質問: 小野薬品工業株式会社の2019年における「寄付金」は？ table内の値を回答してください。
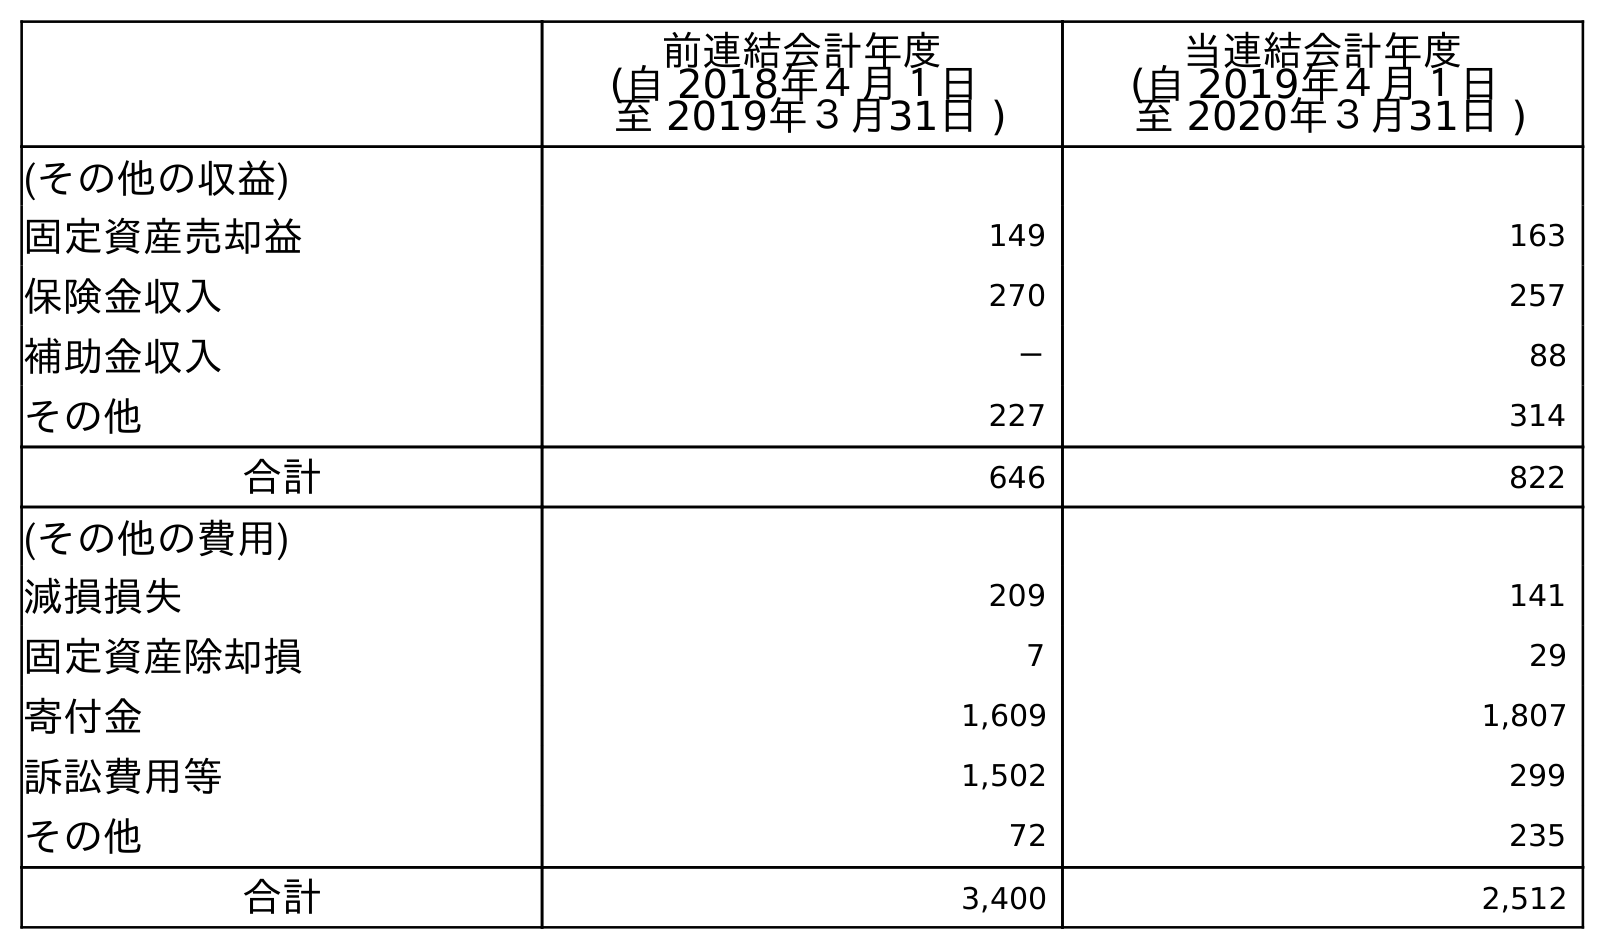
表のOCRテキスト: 前連結会計年度 (自 2018年４月１日 至 2019年３月31日 ) 当連結会計年度 (自 2019年４月１日 至 2020年３月31日 ) (その他の収益) 固定資産売却益 149 163 保険金収入 270 257 補助金収入 － 88 その他 227 314 合計 646 822 (その他の費用) 減損損失 209 141 固定資産除却損 7 29 寄付金 1,609 1,807 訴訟費用等 1,502 299 その他 72 235 合計 3,400 2,512
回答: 1,609